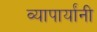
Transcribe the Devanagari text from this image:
व्यापार्यांनी